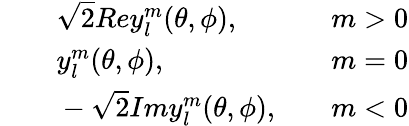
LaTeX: \begin{array}{rlr}{\quad}&{{}\sqrt{2}Rey_{l}^{m}(\theta,\phi),\quad}&{m>0}\\ {\quad}&{{}y_{l}^{m}(\theta,\phi),\quad}&{m=0}\\ {\quad}&{{}-\sqrt{2}Imy_{l}^{m}(\theta,\phi),\quad}&{m<0}\end{array}